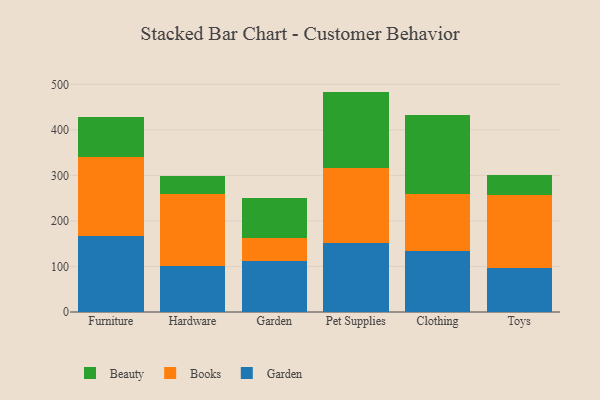
{"axis": {"x": "Category", "y": "Backlog"}, "legend": ["Beauty", "Books", "Garden"], "data": [{"x": "Furniture", "y": 167.2, "type": "Garden"}, {"x": "Furniture", "y": 173.3, "type": "Books"}, {"x": "Furniture", "y": 88.6, "type": "Beauty"}, {"x": "Hardware", "y": 101.5, "type": "Garden"}, {"x": "Hardware", "y": 158.0, "type": "Books"}, {"x": "Hardware", "y": 39.7, "type": "Beauty"}, {"x": "Garden", "y": 113.0, "type": "Garden"}, {"x": "Garden", "y": 49.6, "type": "Books"}, {"x": "Garden", "y": 88.0, "type": "Beauty"}, {"x": "Pet Supplies", "y": 151.5, "type": "Garden"}, {"x": "Pet Supplies", "y": 164.3, "type": "Books"}, {"x": "Pet Supplies", "y": 168.2, "type": "Beauty"}, {"x": "Clothing", "y": 134.2, "type": "Garden"}, {"x": "Clothing", "y": 125.0, "type": "Books"}, {"x": "Clothing", "y": 172.7, "type": "Beauty"}, {"x": "Toys", "y": 97.6, "type": "Garden"}, {"x": "Toys", "y": 160.4, "type": "Books"}, {"x": "Toys", "y": 43.1, "type": "Beauty"}]}